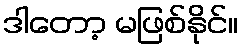
ဒါတော့ မဖြစ်နိုင်။